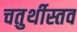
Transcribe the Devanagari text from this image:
चतुर्थीस्तव